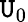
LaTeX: \mathtt{U}_{0}